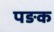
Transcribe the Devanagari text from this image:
पङक